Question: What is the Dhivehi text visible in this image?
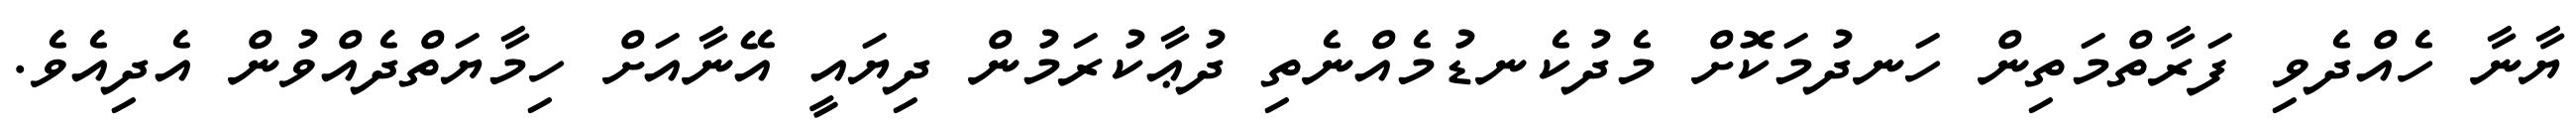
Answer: ޔާނާ ހެއްދެވި ފަރާތްމަތިން ހަނދުމަކޮށް މެދުކެނޑުމެއްނެތި ދުޢާކުރަމުން ދިޔައީ އޭނާއަށް ހިމާޔަތްދެއްވުން އެދިއެވެ.